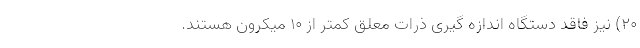
۲۰) نیز فاقد دستگاه اندازه گیری ذرات معلق کمتر از ۱۰ میکرون هستند.